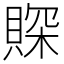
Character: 賝